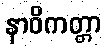
နာဝိကတ္တာ